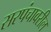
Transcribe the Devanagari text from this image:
सरपंचावरील